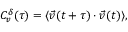
\begin{array} { r } { C _ { v } ^ { \delta } ( \tau ) = \langle \vec { v } ( t + \tau ) \cdot \vec { v } ( t ) \rangle , } \end{array}